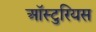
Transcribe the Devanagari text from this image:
ऑस्टुरियस